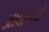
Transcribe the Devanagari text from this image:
ओर्दोन्यो